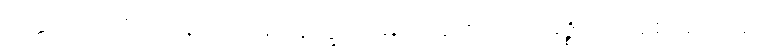
ပုတ္တံ၊ သားကို။ ဝနေ၊ တော၌။ နိက္ခဏံ၊ မြှုပ်ချေဟူ၍။ သမဇ္ဈိဋ္ဌော၊ စေအပ်သည်။